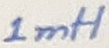
Text: 1mH